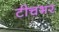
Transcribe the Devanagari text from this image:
टीचभर